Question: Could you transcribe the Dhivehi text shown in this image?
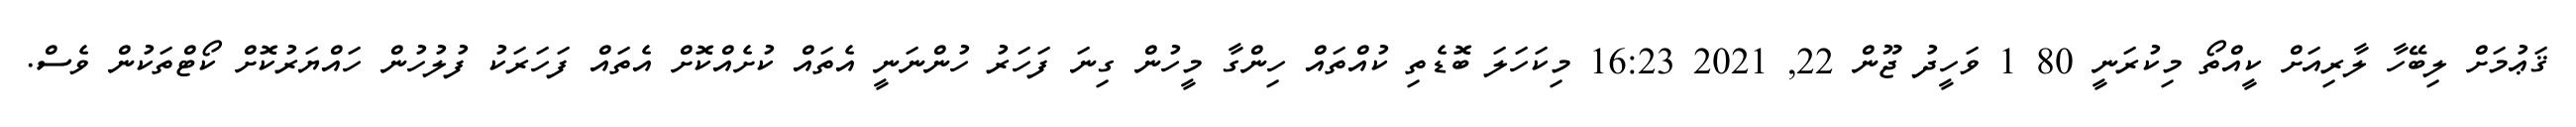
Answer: ޤަޢުމަށް ލިބޭހާ ލާރިއަށް ކީއްތޯ މިކުރަނީ 80 1 ވަހީދު ޖޫން 22, 2021 16:23 މިކަހަލަ ބޮޑެތި ކުއްތައް ހިންގާ މީހުން ގިނަ ފަހަރު ހުންނަނީ އެތައް ކުށެއްކޮށް އެތައް ފަހަރަކު ފުލުހުން ހައްޔަރުކޮށް ކޯޓްތަކުން ވެސް.